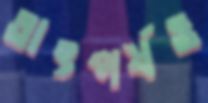
তাৎপর্যও